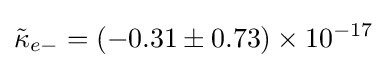
{\tilde {\kappa }}_{e-}=(-0.31\pm 0.73)\times 10^{-17}